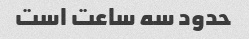
حدود سه ساعت است